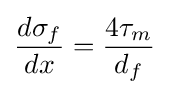
{\frac {d\sigma _{f}}{dx}}={\frac {4\tau _{m}}{d_{f}}}